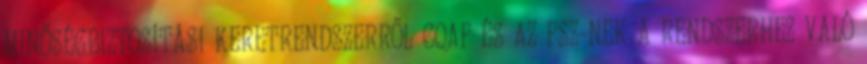
MINŐSÉGBIZTOSÍTÁSI KERETRENDSZERRŐL CQAF ÉS AZ FSZ-NEK A RENDSZERHEZ VALÓ